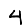
Digit: 4